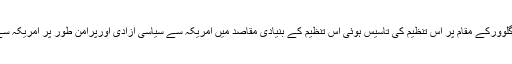
11اکتوبر2003کوگلوورکے مقام پر اس تنظیم کی تاسیس ہوئی اس تنظیم کے بنیادی مقاصد میں امریکہ سے سیاسی آزادی اورپرامن طور پر امریکہ سے اتحاد کااختتام ہے۔